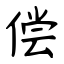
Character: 偿